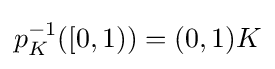
{\textstyle p_{K}^{-1}([0,1))=(0,1)K}